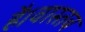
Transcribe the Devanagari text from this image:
है।वास्तब